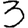
Digit: 3